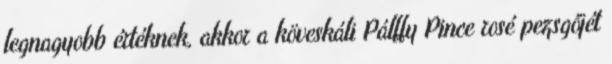
legnagyobb értéknek, akkor a köveskáli Pálffy Pince rosé pezsgőjét